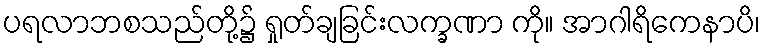
ပရလာဘစသည်တို့၌ ရှုတ်ချခြင်းလက္ခဏာ ကို။ အာဂါရိကေနာပိ၊